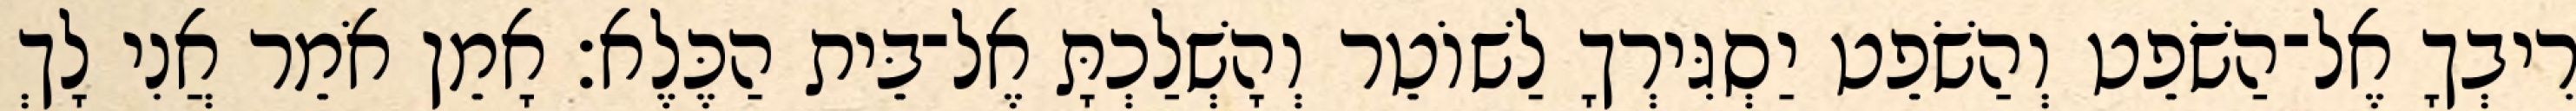
רִיבְךָ אֶל־הַשֹׁפֵט וְהַשֹׁפֵט יַסְגִּירְךָ לַשׁוֹטֵר וְהָשְׁלַכְתָּ אֶל־בֵּית הַכֶּלֶא׃ אָמֵן אֹמֵר אֲנִי לָךְ